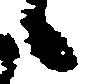
候